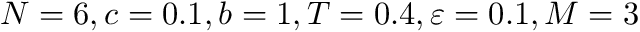
N = 6 , c = 0 . 1 , b = 1 , T = 0 . 4 , \varepsilon = 0 . 1 , M = 3